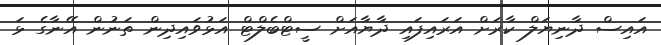
އައިސް ދާނިޔަލް ކާރަށް އަރައިފައި ދާޔާއަށް ސީޓްބެލްޓް އަޅުވައިދިން ތަނުން އޭނާގެ ޅަ